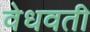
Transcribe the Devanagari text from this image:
वेधवती